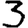
Digit: 3